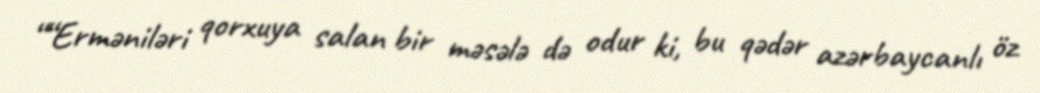
““Erməniləri qorxuya salan bir məsələ də odur ki, bu qədər azərbaycanlı öz